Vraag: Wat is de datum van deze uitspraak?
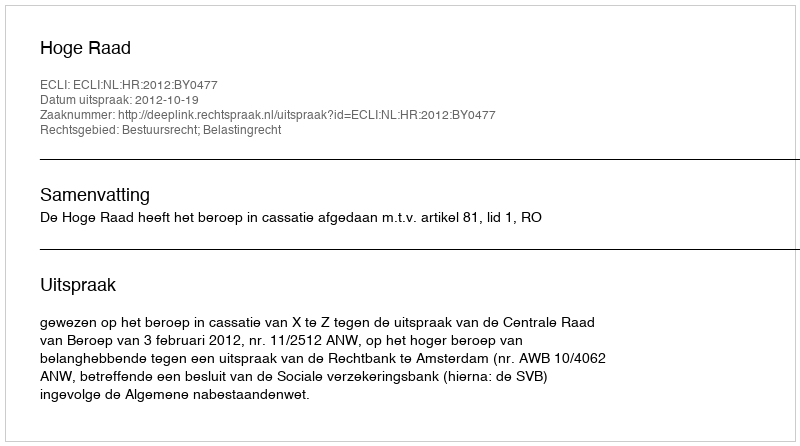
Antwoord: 2012-10-19